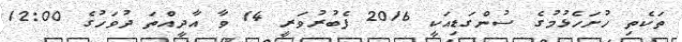
ތަކެތި ހުށަހެޅުމުގެ ސުންގަޑިއަކީ 2016 ފެބުރުވަރީ 14 ވާ އާދީއްތަ ދުވަހުގެ 12:00